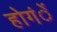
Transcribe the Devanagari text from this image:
होगंें